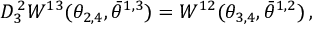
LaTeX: D _ { 3 } ^ { \, 2 } W ^ { 1 3 } ( \theta _ { 2 , 4 } , \bar { \theta } ^ { 1 , 3 } ) = W ^ { 1 2 } ( \theta _ { 3 , 4 } , \bar { \theta } ^ { 1 , 2 } ) \, ,